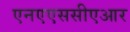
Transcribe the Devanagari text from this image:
एनएएससीएआर